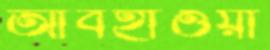
আবহাওয়া